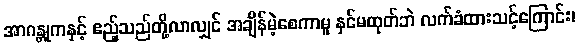
အာဂန္တုကနှင့် ဧည့်သည်တို့လာလျှင် အချိန်မဲ့စေကာမူ နှင်မထုတ်ဘဲ လက်ခံထားသင့်ကြောင်း၊